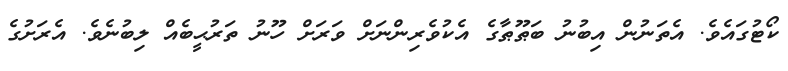
ކޯޓުގައެވެ. އެތަނުން އިބުނު ބަޠޫޠާގެ އެކުވެރިންނަށް ވަރަށް ހޫނު ތަރުޙީބެއް ލިބުނެވެ. އެރަށުގެ